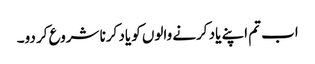
اب تم اپنے یاد کرنے والوں کو یاد کرنا شروع کر دو۔